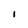
Character: 1